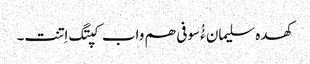
کھدہ سلیمان ءُُ سوفی ھم واب کپتگ اِتنت۔